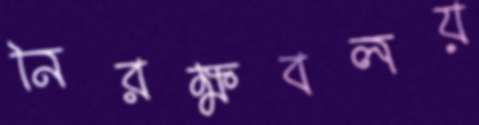
নিরক্ষবলয়